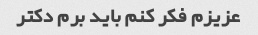
عزیزم فکر کنم باید برم دکتر